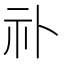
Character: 䃼